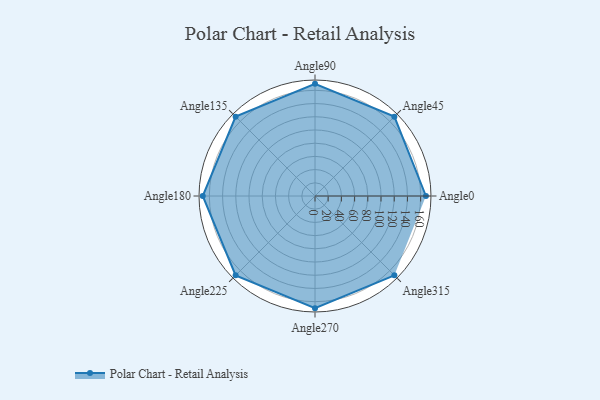
{"axis": {"x": "Angle", "y": "Radius"}, "legend": [""], "data": [{"x": "Angle0", "y": 168.0, "type": ""}, {"x": "Angle45", "y": 170, "type": ""}, {"x": "Angle90", "y": 170, "type": ""}, {"x": "Angle135", "y": 170, "type": ""}, {"x": "Angle180", "y": 170, "type": ""}, {"x": "Angle225", "y": 170, "type": ""}, {"x": "Angle270", "y": 170, "type": ""}, {"x": "Angle315", "y": 170, "type": ""}]}